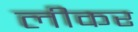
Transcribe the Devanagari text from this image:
लीकर